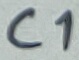
Text: C1